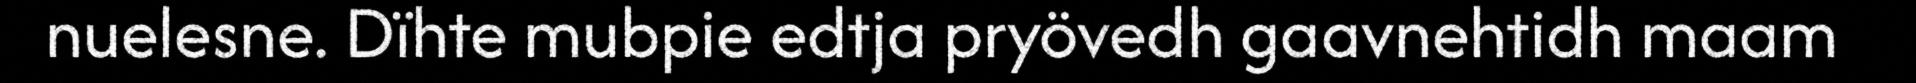
nuelesne. Dïhte mubpie edtja pryövedh gaavnehtidh maam